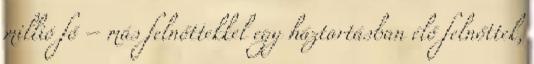
millió fő – más felnőttekkel egy háztartásban élő felnőttek,